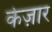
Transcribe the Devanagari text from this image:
केज़ार